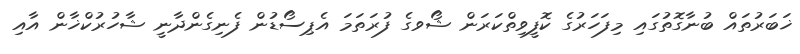
ޚަބަރުތައް ބުނާގޮތުގައި މިފަހަރުގެ ކޮފީވިތްކަރަން ޝޯވގެ ފުރަތަމަ އެޕިސޯޑުން ފެނިގެންދާނީ ޝާހުރުކްޚާން އާއި